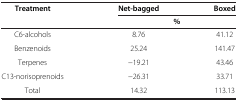
| Treatment | Net-bagged | Boxed |
 |  | <COLSPAN=2> % |
 | --- | --- | --- |
 | C6-alcohols | 8.76 | 41.12 |
 | Benzenoids | 25.24 | 141.47 |
 | Terpenes | −19.21 | 43.46 |
 | C13-norisoprenoids | −26.31 | 33.71 |
 | Total | 14.32 | 113.13 |